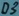
Text: D3